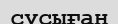
сусыған